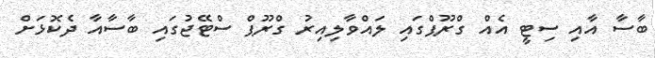
ބާސާ އާއި ސިޓީ އެއް ގްރޫޕްގައި ލައްވާލިއިރު ގްރޫޕް ސްޓޭޖުގައި ބާސާއާ ދެކޮޅަށް